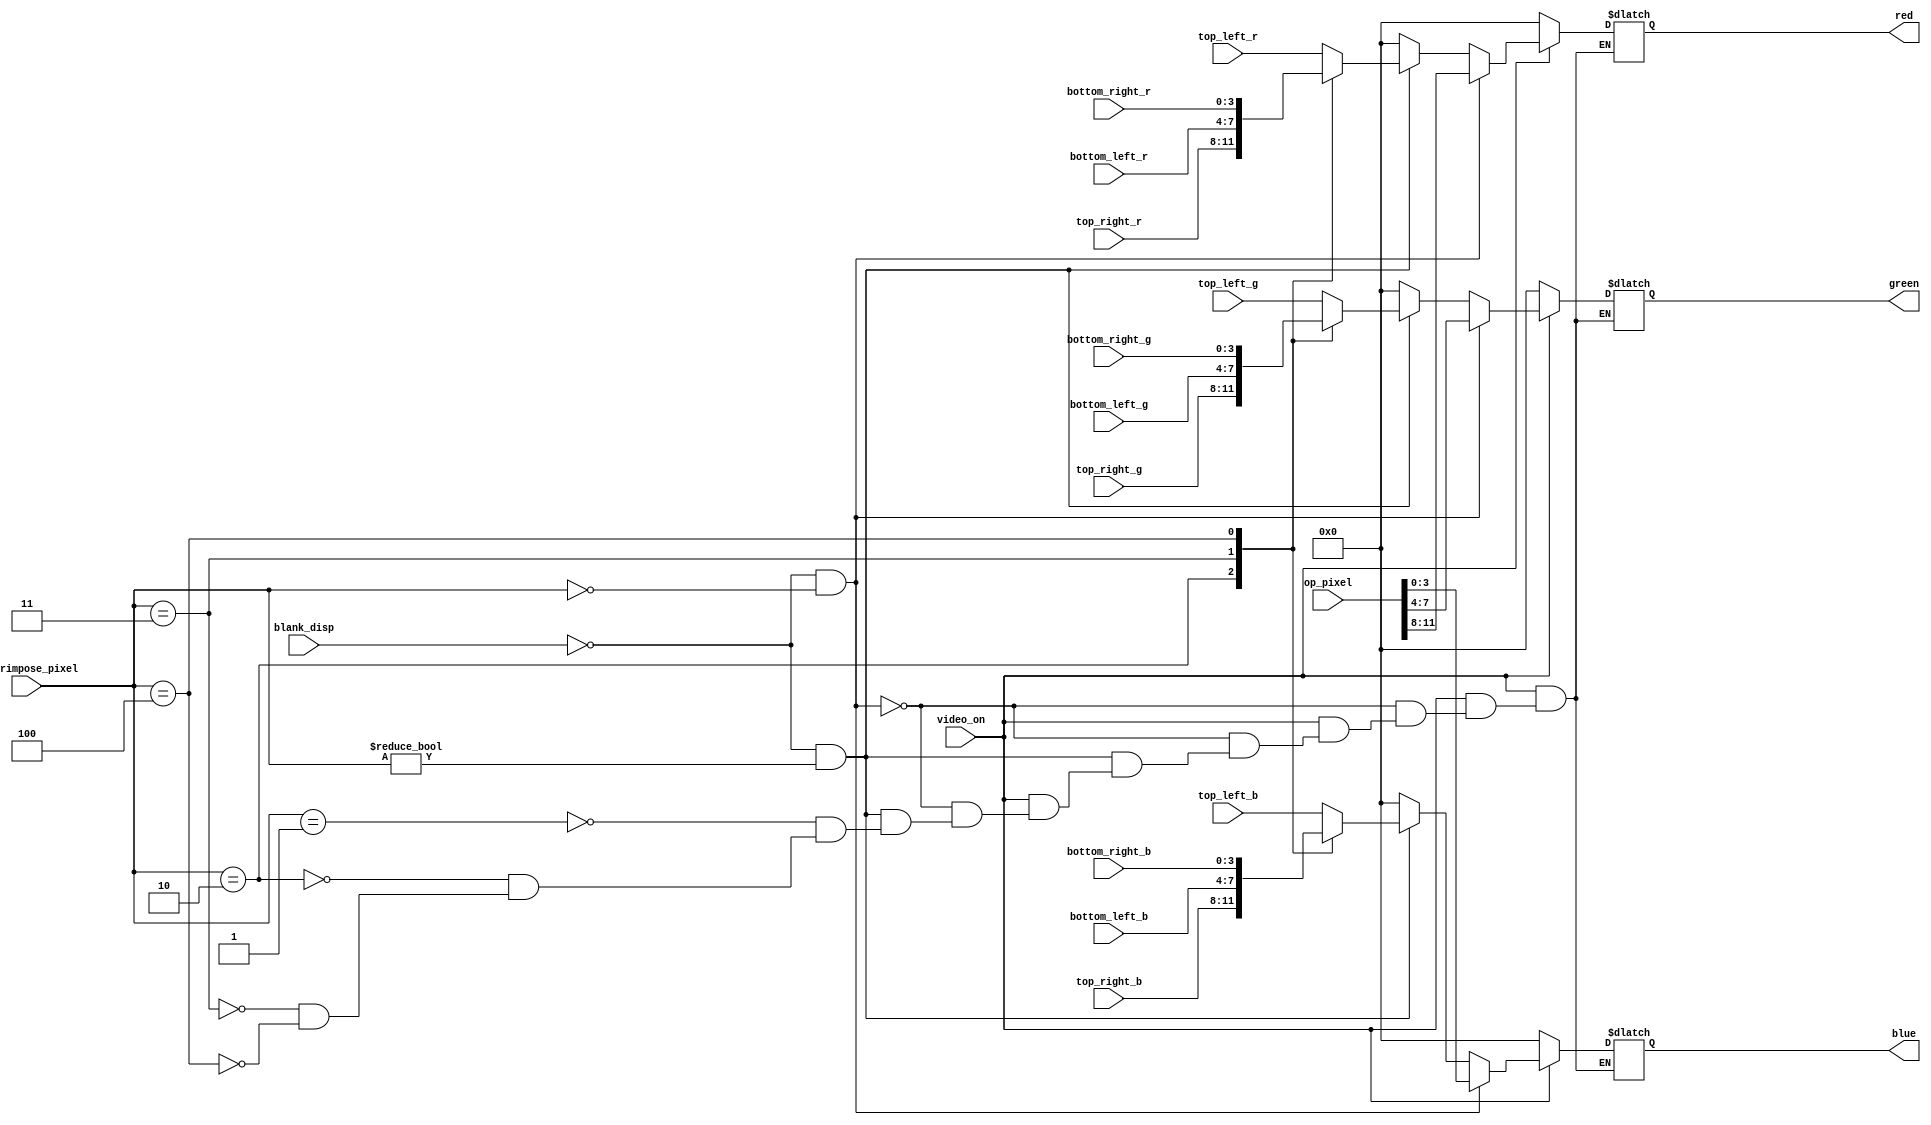
//	colorizer.v - will decide what to display
//	it should be in sync with dtg
//	Version:		2.0	
//
//	Description:
//	------------
//	 This circuit outputs color to VGA connector
//	
//	 Inputs:
//			video_on            - indicates blanking interval or not
//			[1:0] op_pixel		- will come from live feed block mem
//			blank_disp			- bloank display will put black
//			[2:0] superimpose_pixel	- used for superimposition, separated into 4 quadrants
//			[3:0] top_left_r	- 1st quadrant R
//			[3:0] top_left_g	- 1st quadrant G
//			[3:0] top_left_b	- 1st quadrant B
//			[3:0] top_right_r	- 2nd quadrant R
//			[3:0] top_right_g	- 2nd quadrant G
//			[3:0] top_right_b	- 2nd quadrant B
//			[3:0] bottom_left_r	- 3st quadrant R
//			[3:0] bottom_left_g	- 3st quadrant G
//			[3:0] bottom_left_b	- 3st quadrant B
//			[3:0] bottom_right_r	- 4th quadrant R
//			[3:0] bottom_right_g	- 4th quadrant G
//			[3:0] bottom_right_b	- 4th quadrant B
//	 Outputs:
//			[3:0] red	- red 	color value
//			[3:0] green	- green color value
//			[3:0] blue	- blue 	color value
//			
//////////

module colorizer(
	input				video_on,
	input		[11 :0]	op_pixel,
	input				blank_disp,
	input		[2:0]	superimpose_pixel,
	input		[3:0]	top_left_r,
	input		[3:0]	top_left_g,
	input		[3:0]	top_left_b,
	input		[3:0]	top_right_r,
	input		[3:0]	top_right_g,
	input		[3:0]	top_right_b,
	input		[3:0]	bottom_left_r,
	input		[3:0]	bottom_left_g,
	input		[3:0]	bottom_left_b,
	input		[3:0]	bottom_right_r,
	input		[3:0]	bottom_right_g,
	input		[3:0]	bottom_right_b,
	output	reg	[3 :0]	red, green, blue
);

//this is going to be combinational design
always@(*)
begin
	//if video_on is low
	//output should be black
	if(video_on == 1'b0)
	begin
		//black color
		red 	= 4'b0000;
		green 	= 4'b0000;
		blue 	= 4'b0000;
	end
	//else we should decide between back ground or patch
	else if((blank_disp == 1'b0) && (superimpose_pixel == 3'b0))
	begin
		//live feed pixel
		red = op_pixel[11:8];
		green = op_pixel[7:4];
		blue = op_pixel[3:0];
	end
	else if((blank_disp == 1'b0) && (superimpose_pixel != 3'b0))
	begin
		//or based on quadrant
		//which one to display
		case(superimpose_pixel)
			3'b001:
			begin
				red = top_left_r;
				green = top_left_g;
				blue = top_left_b;
			end
			
			3'b010:
			begin
				red = top_right_r;
				green = top_right_g;
				blue = top_right_b;
			end
			
			3'b011:
			begin
				red = bottom_left_r;
				green = bottom_left_g;
				blue = bottom_left_b;
			end
			
			3'b100:
			begin
				red = bottom_right_r;
				green = bottom_right_g;
				blue = bottom_right_b;
			end
		endcase
	end
	else
	begin
		red = 4'b0;
		green = 4'b0;
		blue = 4'b0;
	end
end

endmodule